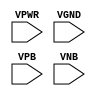
module sky130_fd_sc_ls__decaphe (
    VPWR,
    VGND,
    VPB ,
    VNB
);

    input VPWR;
    input VGND;
    input VPB ;
    input VNB ;
endmodule